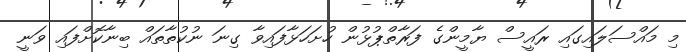
މި މައްސަލައިގައި ރައީސް ޔާމީންގެ ފަރާތްޕުޅުން ހުށަހަޅާފައިވާ ގިނަ ނުކުތާތައް ބިނާކޮށްފައި ވަނީ